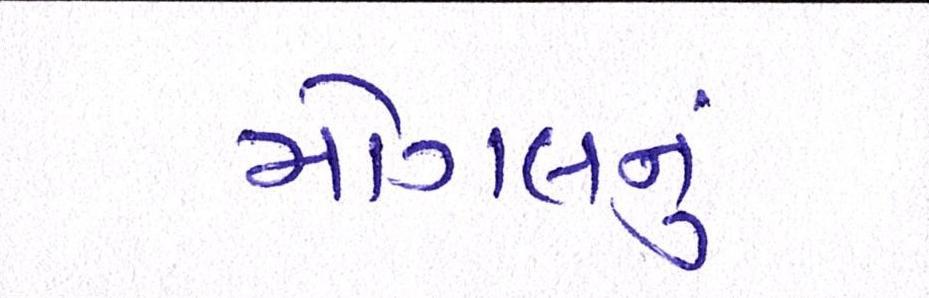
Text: મોગલનું